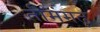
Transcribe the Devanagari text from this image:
तीमंगढ़